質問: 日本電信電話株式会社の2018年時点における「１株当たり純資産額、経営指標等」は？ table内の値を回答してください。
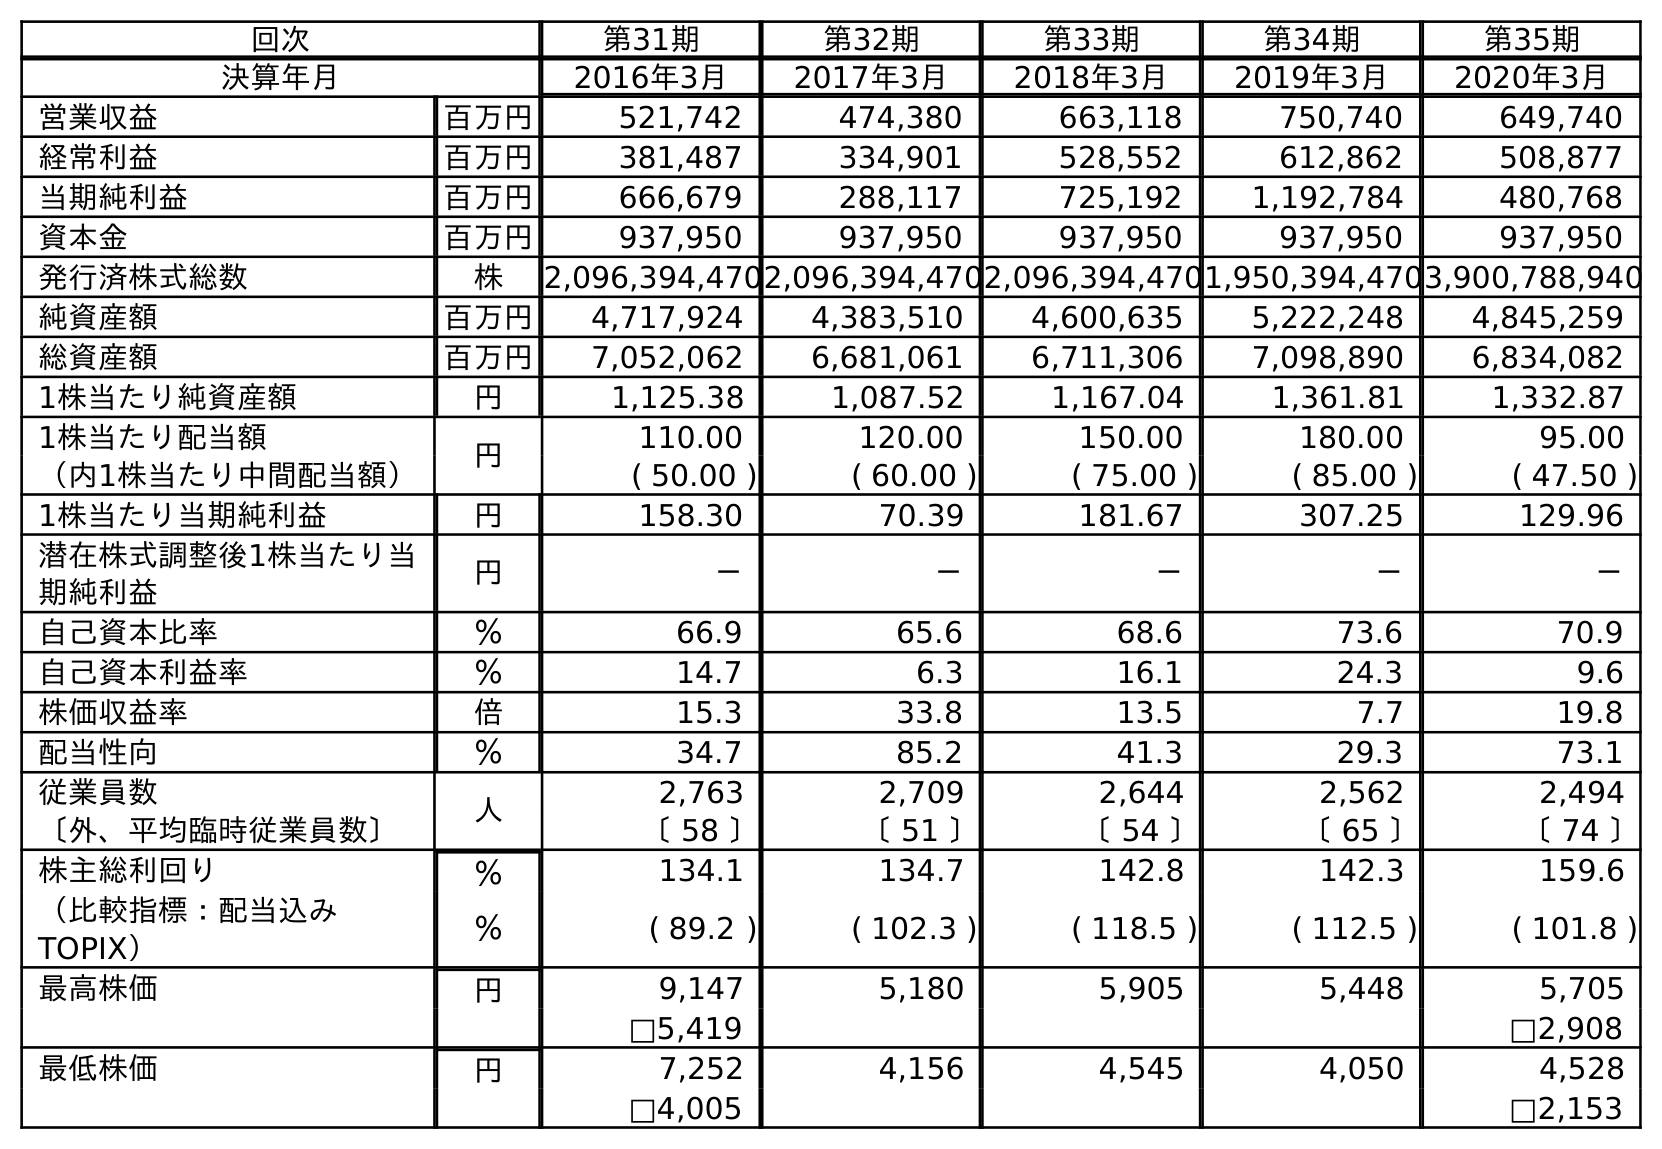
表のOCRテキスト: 回次 第31期 第32期 第33期 第34期 第35期 決算年月 2016年3月 2017年3月 2018年3月 2019年3月 2020年3月 営業収益 百万円 521,742 474,380 663,118 750,740 649,740 経常利益 百万円 381,487 334,901 528,552 612,862 508,877 当期純利益 百万円 666,679 288,117 725,192 1,192,784 480,768 資本金 百万円 937,950 937,950 937,950 937,950 937,950 発行済株式総数 株 2,096,394,4702,096,394,4702,096,394,4701,950,394,4703,900,788,940 純資産額 百万円 4,717,924 4,383,510 4,600,635 5,222,248 4,845,259 総資産額 百万円 7,052,062 6,681,061 6,711,306 7,098,890 6,834,082 1株当たり純資産額 円 1,125.38 1,087.52 1,167.04 1,361.81 1,332.87 1株当たり配当額 円 110.00 120.00 150.00 180.00 95.00 （内1株当たり中間配当額） ( 50.00 ) ( 60.00 ) ( 75.00 ) ( 85.00 ) ( 47.50 ) 1株当たり当期純利益 円 158.30 70.39 181.67 307.25 129.96 潜在株式調整後1株当たり当 期純利益 円 － － － － － 自己資本比率 ％ 66.9 65.6 68.6 73.6 70.9 自己資本利益率 ％ 14.7 6.3 16.1 24.3 9.6 株価収益率 倍 15.3 33.8 13.5 7.7 19.8 配当性向 ％ 34.7 85.2 41.3 29.3 73.1 従業員数 人 2,763 2,709 2,644 2,562 2,494 〔外、平均臨時従業員数〕 〔 58 〕 〔 51 〕 〔 54 〕 〔 65 〕 〔 74 〕 株主総利回り ％ 134.1 134.7 142.8 142.3 159.6 （比較指標：配当込み TOPIX） ％ ( 89.2 ) ( 102.3 ) ( 118.5 ) ( 112.5 ) ( 101.8 ) 最高株価 円 9,147 5,180 5,905 5,448 5,705 □5,419 □2,908 最低株価 円 7,252 4,156 4,545 4,050 4,528 □4,005 □2,153
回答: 1,167.04